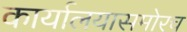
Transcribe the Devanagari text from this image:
कार्यालयासमोरच